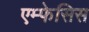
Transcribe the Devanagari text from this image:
एम्फेसिस